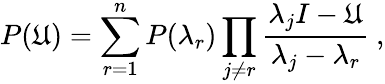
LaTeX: P(\mathfrak{U})=\sum_{r=1}^{n}P(\lambda_{r})\prod_{j\not{=}r}{\frac{{\lambda_{j}I-\mathfrak{U}}}{{\lambda_{j}-\lambda_{r}}}}\ ,